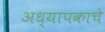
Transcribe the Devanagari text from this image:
अध्यापकाचे